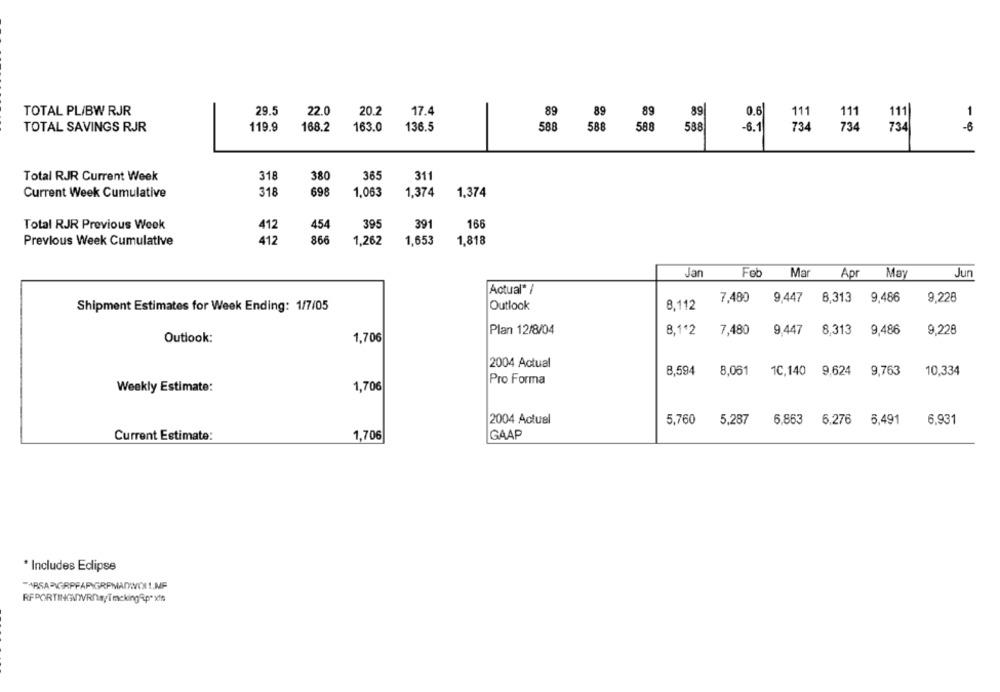
29.5
22.0
20.2
TOTAL PL/BW RJR
17.4
89
89
89
89|
0.6|
111
111
1
111
TOTAL SAVINGS RJR
119.9
168.2
163.0
136.5
588
588
588
588
-6.1
734
734
734
-6
Total RJR Current Week
318
380
365
311
Current Week Cumulative
318
698
1,063
1,374
1,374
Total RJR Previous Week
412
454
395
391
166
Previous Week Cumulative
412
866
1,262
1,653
1,818
Jan
Fob
Mar
Apr May
Jun
Actual* /
9.447
8,313
9,486
8,112
7,480
9,228
Shipment Estimates for Week Ending: 1/7/05
Outlook
Plan 12/8/04
8,1+2
7,480
9.447
8,313
9,486
9.228
Outlook:
1,706
2004 Actual
8,594
8,061 1C,140 9,624 9,763
10,334
Pro Forma
1,706
Weekly Estimate:
2004 Actuel
5.760
5,287
6.863
6,276 6,491
6.931
1,706
GAAP
Current Estimate:
* Includes Edipse